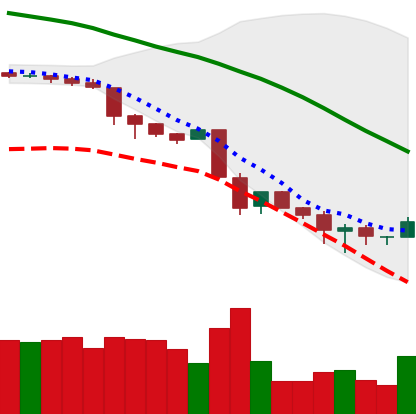
Ticker: BNB-USD
Chart end date: 2018-11-28
Forward return: -4.267%
Label: down_3_5